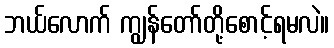
ဘယ်လောက် ကျွန်တော်တို့စောင့်ရမလဲ။